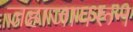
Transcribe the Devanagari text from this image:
जहाजावरून